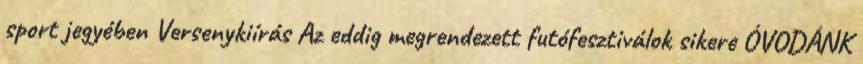
sport jegyében Versenykiírás Az eddig megrendezett futófesztiválok sikere ÓVODÁNK